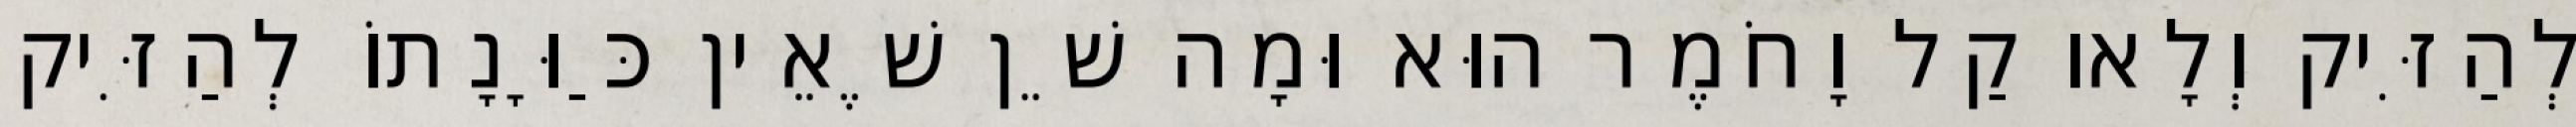
לְהַזִּיק וְלָאו קַל וָחֹמֶר הוּא וּמָה שֵׁן שֶׁאֵין כַּוָּנָתוֹ לְהַזִּיק